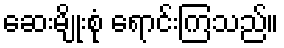
ဆေးမျိုးစုံ ရောင်းကြသည်။